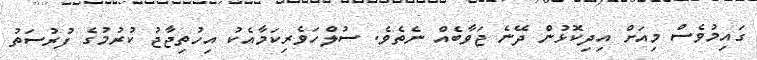
ގައިމުވެސް މިއަށް އިދިކޮޅުން ދޭނެ ޖަވާބެއް ނެތެވެ. ސުލްހަވެރިކަމާއެކު އިހުތިޖާޖު ކުރުމުގެ ފުރުސަތު